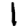
Digit: 1